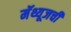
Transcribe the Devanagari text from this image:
मॅथ्यूजची